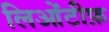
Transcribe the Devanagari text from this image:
लिओंटीफ़